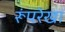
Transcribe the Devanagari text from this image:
रूंपरेखा